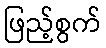
ဖြည့်စွက်